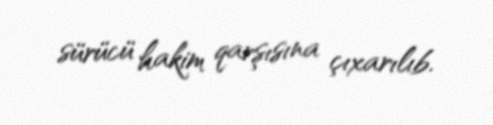
sürücü hakim qarşısına çıxarılıb.